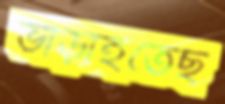
ভাঁড়াইতেছ